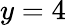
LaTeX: y=4